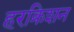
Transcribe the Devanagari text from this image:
हरक्रिशन